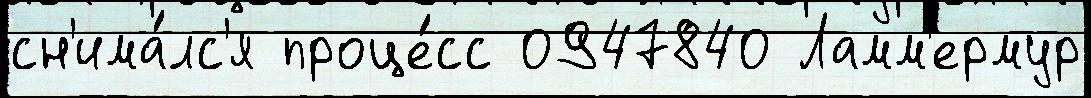
сн'има́лс'я проце́сс 0947840 Ламм'ермур